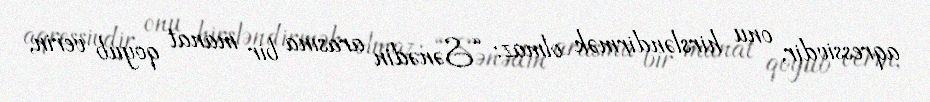
aqressivdir, onu hirsləndirmək olmaz: “Sənədin arasına bir manat qoyub verin,